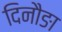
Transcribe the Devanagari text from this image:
दिनौङा